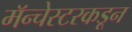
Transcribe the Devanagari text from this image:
मॅन्चेस्टरकडून